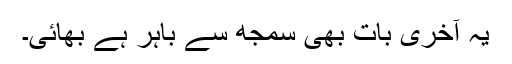
یہ آخری بات بھی سمجھ سے باہر ہے بھائی۔